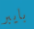
بايبر